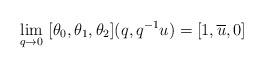
LaTeX: \begin{align*}\lim_{q\to 0}\ [\theta_0,\theta_1,\theta_2]&(q,q^{-1}u)=[1,\overline{u},0] \end{align*}